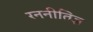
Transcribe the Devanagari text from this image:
रननीतिज्ञ